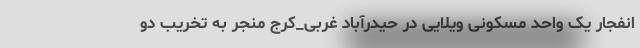
انفجار یک واحد مسکونی ویلایی در حیدرآباد غربی_کرج منجر به تخریب دو